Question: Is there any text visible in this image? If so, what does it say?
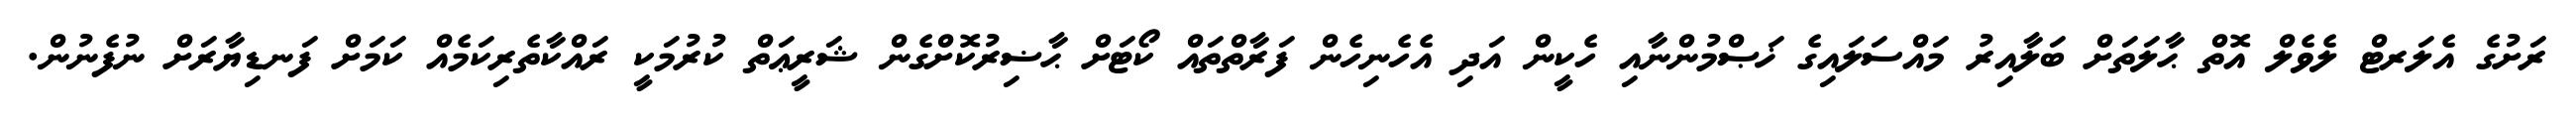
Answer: ރަށުގެ އެލަރޓް ލެވެލް އޮތް ޙާލަތަށް ބަލާއިރު މައްސަލައިގެ ޚަޞްމުންނާއި ހެކީން އަދި އެހެނިހެން ފަރާތްތައް ކޯޓަށް ޙާޟިރުކޮށްގެން ޝަރީޢަތް ކުރުމަކީ ރައްކާތެރިކަމެއް ކަމަށް ފަނޑިޔާރަށް ނުފެނުން.